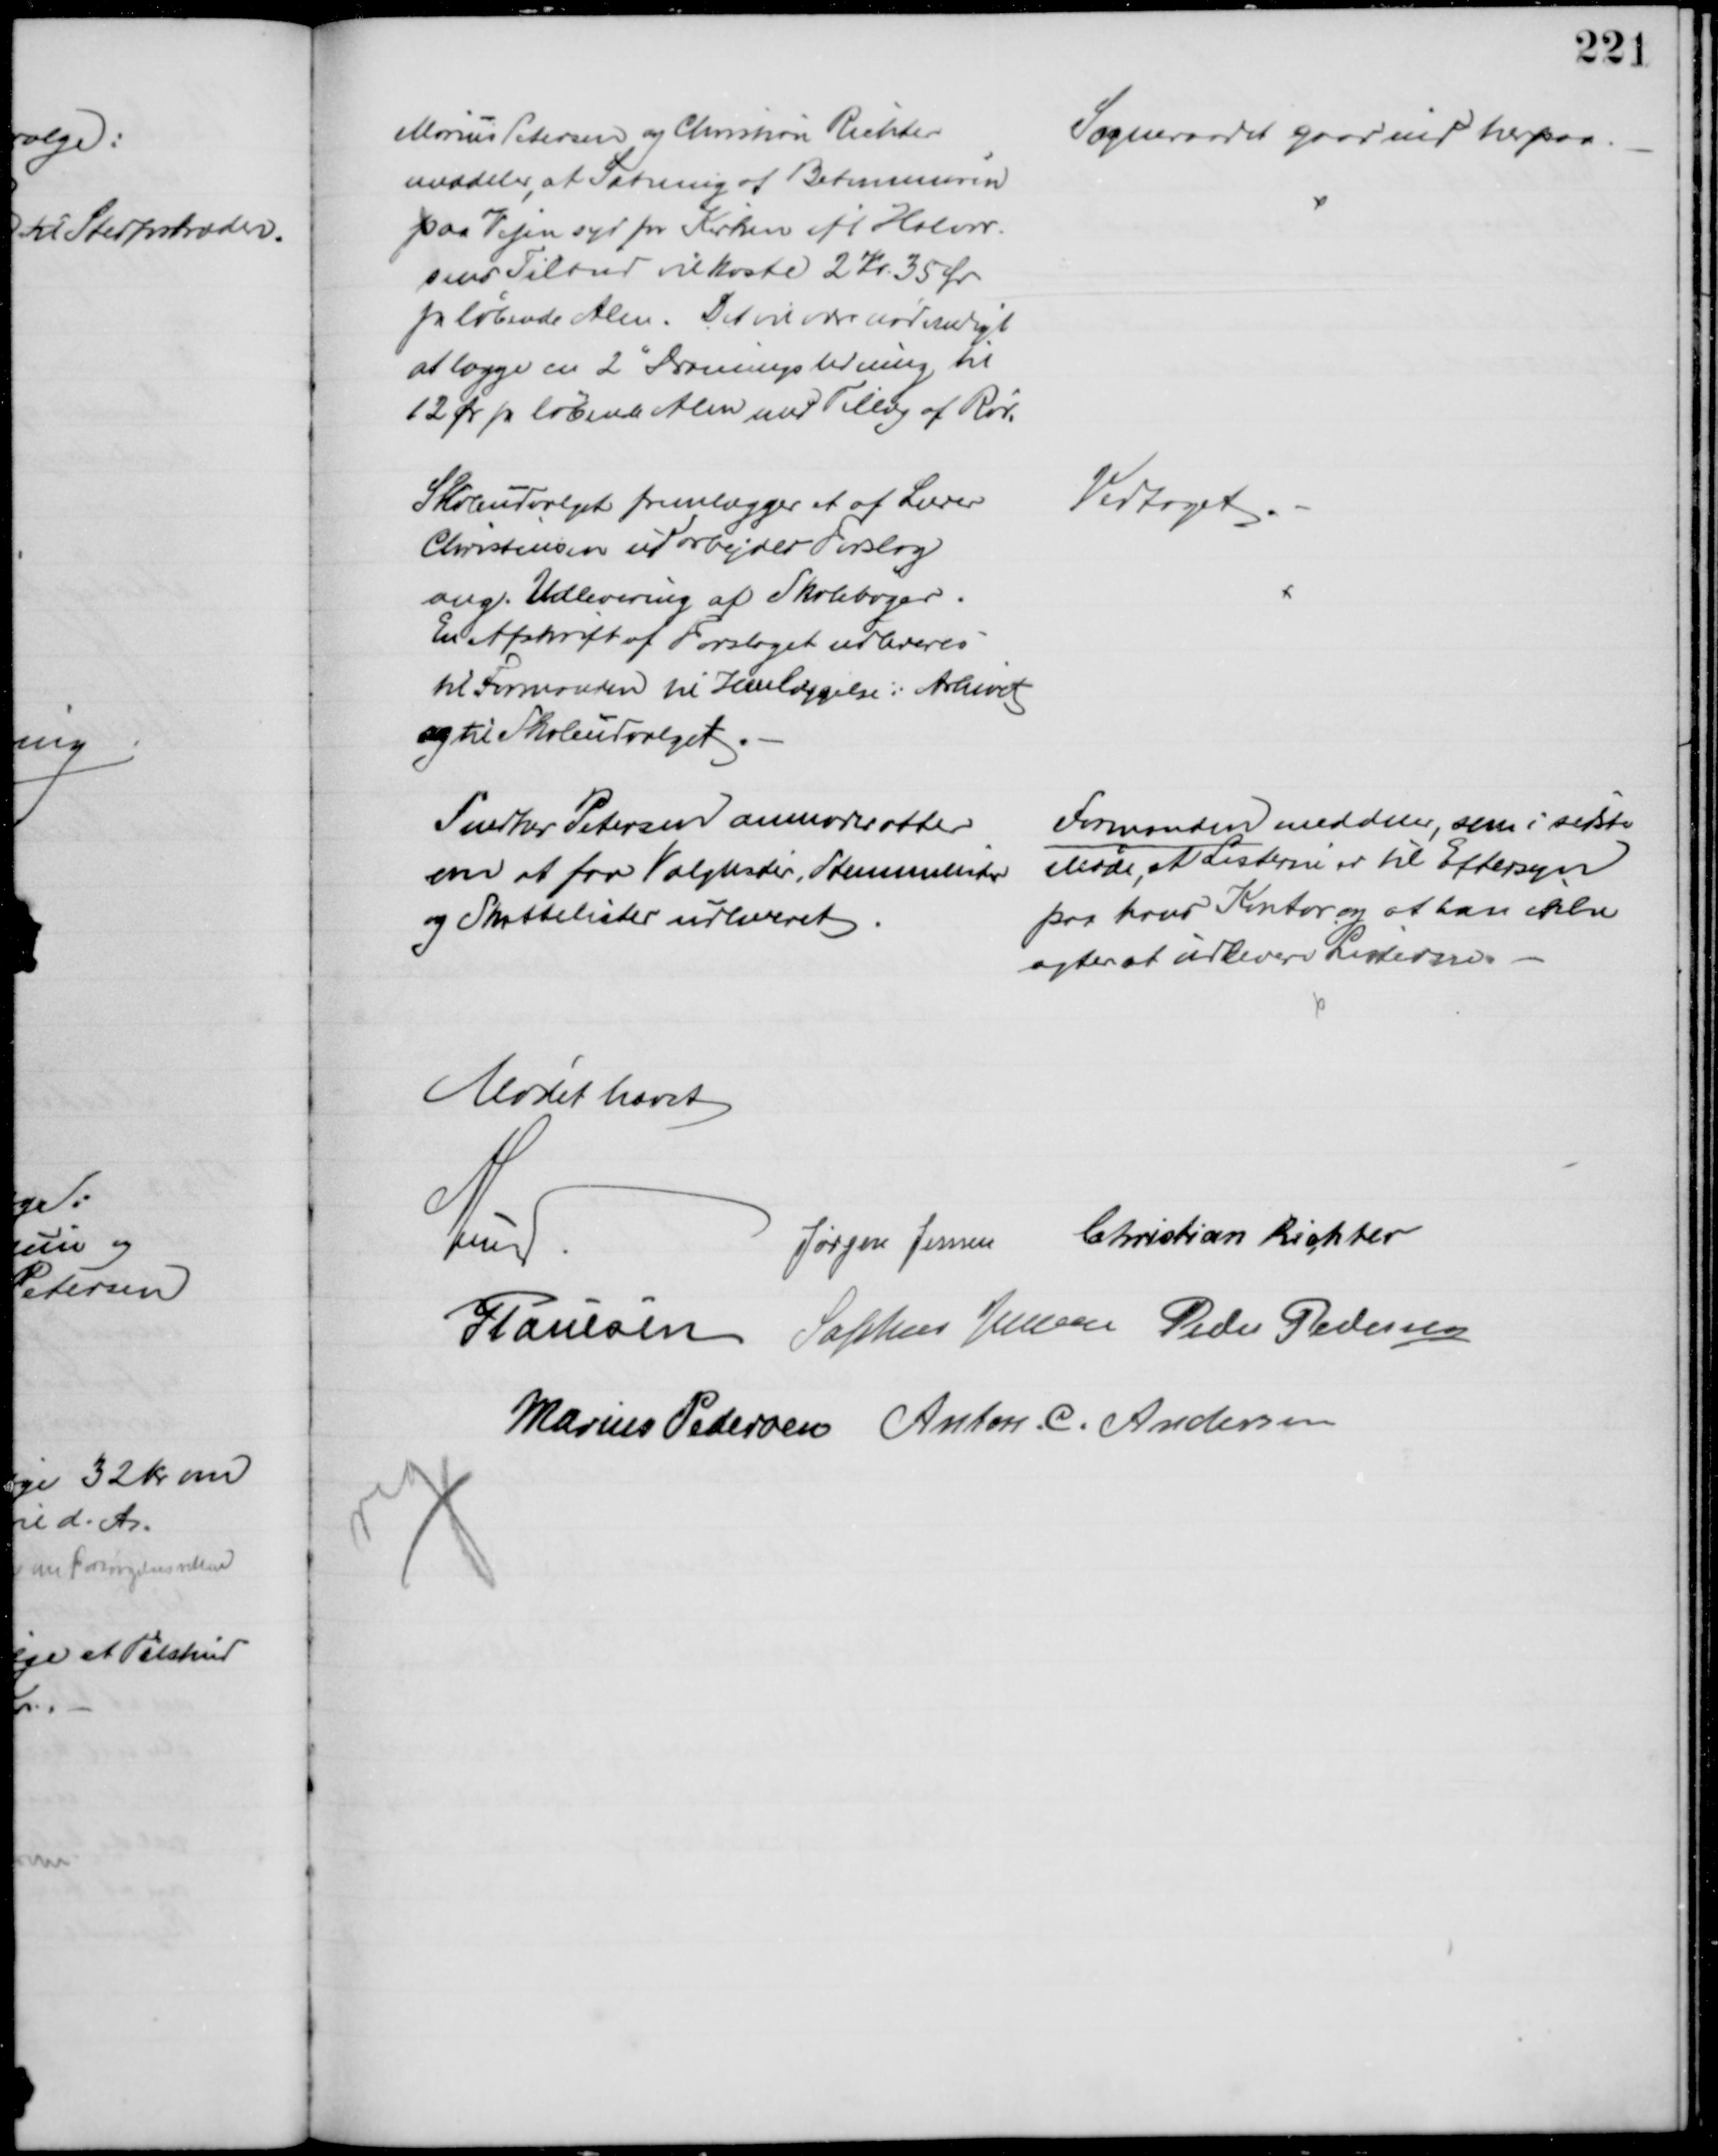
Transskription:
Marius Petersen og Christian Richter
meddeler, at Sætning af Betonmuren 
paa Vejen syd for Kirken ifl Halvor-
sens Tilbud vil koste 2 Kr. 35 Ør
for løbende Alen. Det vil være nødvendigt
at lægge en 2" Dræningsledning til
12 Ør pr løbende Alen med Tillæg af Rør.
Sogneraadet gaar ind herpaa.
Skoleudvalget fremlægger et af Lærer
Christensen udarbejdet Forslag
ang. Udlevering af Skolebøger.
En Afskrift af Forslaget udleveres
til Formanden til Henlæggelse i Arkivet
og til Skoleudvalget.
Vedtaget.
Snedker Petersen anmoder atter
om at faa Valglister, Stemmelister
og Skattelister udleveret
Formanden meddeler, som i sidste
Møde, at Listerne er til Eftersyn
paa hans Kontor og at han ikke
agter at udlevere Listerne.
Mødet hævet
A Lund
Jørgen Jensen Christian Richter
J Poulsen Sophus Jensen Peder Pedersen
Marius Pedersen Anton. C. Andersen